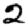
Digit: 2